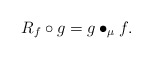
\begin{align*}R_f\circ g=g\bullet_\mu f.\end{align*}